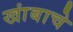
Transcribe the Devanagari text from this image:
खांबाचे